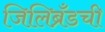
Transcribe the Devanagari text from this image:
जिलिब्रँडची